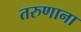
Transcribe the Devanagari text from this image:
तरुणाना